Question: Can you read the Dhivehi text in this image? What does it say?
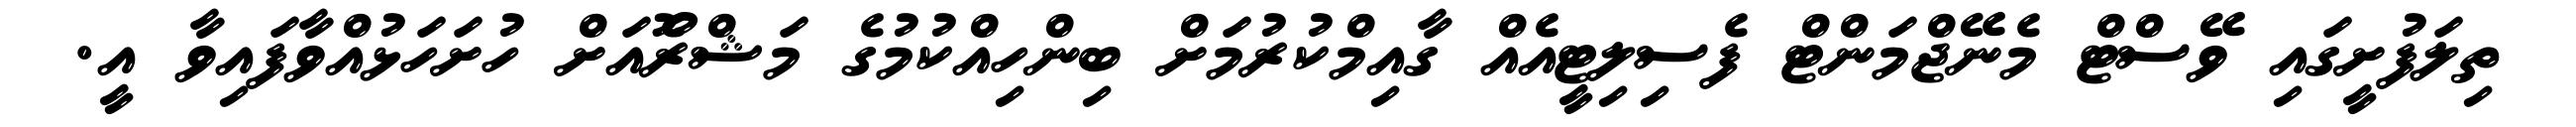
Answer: ތިލަފުށީގައި ވޭސްޓް މެނޭޖްމަންޓް ފެސިލިޓީއެއް ގާއިމްކުރުމަށް ބިންހިއްކުމުގެ މަޝްރޫެއަށް ހުށަހަޅުއްވާފައިވާ އީ.